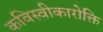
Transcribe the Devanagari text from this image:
कविस्वीकारोक्ति